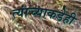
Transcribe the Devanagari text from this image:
त्यांच्याकडेही